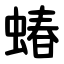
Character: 蝽